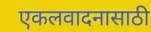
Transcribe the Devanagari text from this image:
एकलवादनासाठी